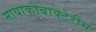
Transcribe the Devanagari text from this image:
मायाकोबाक्टेरीम